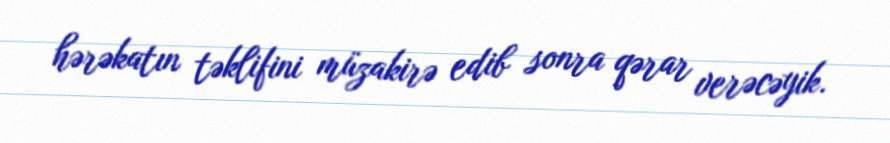
hərəkatın təklifini müzakirə edib sonra qərar verəcəyik.